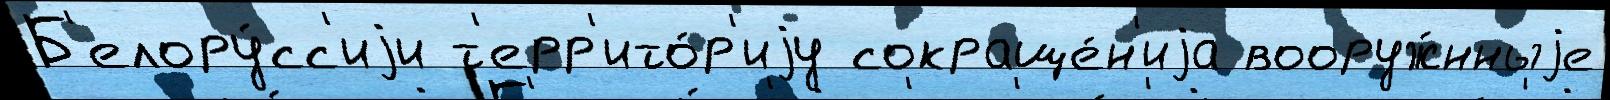
Б'елору́сс'иjи т'ерр'ито́р'иjу сокраще́н'иjа вооруж́нныjе